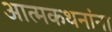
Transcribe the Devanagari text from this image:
आत्मकथनांना